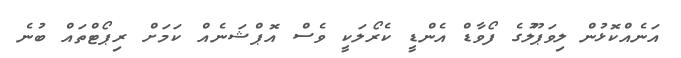
އަނެއްކޮޅުން ލިވަޕޫލުގެ ފޯވާޑް އެންޑީ ކެރޯލަކީ ވެސް އޮޕްޝަނެއް ކަމަށް ރިޕޯޓްތައް ބުނެ